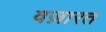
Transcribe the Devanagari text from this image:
वज़ारत